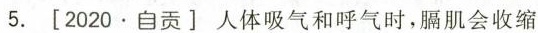
5.[2020.自贡]人体吸气和呼气时，膈肌会收缩